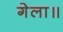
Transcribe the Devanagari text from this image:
गेला॥